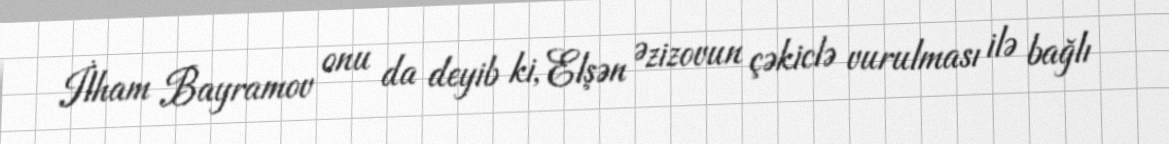
İlham Bayramov onu da deyib ki, Elşən Əzizovun çəkiclə vurulması ilə bağlı